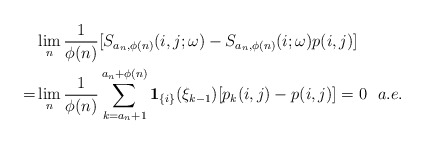
\begin{align*}&\lim_{n}\frac{1}{\phi(n)}[S_{a_n,\phi(n)}(i,j;\omega)-S_{a_n,\phi(n)}(i;\omega)p(i,j)]\\=&\lim_{n}\frac{1}{\phi(n)}\sum_{k=a_n+1}^{a_n+\phi(n)}\mathbf{1}_{\{i\}}(\xi_{k-1})[p_{k}(i,j)-p(i,j)]=0\ \ a.e.\end{align*}